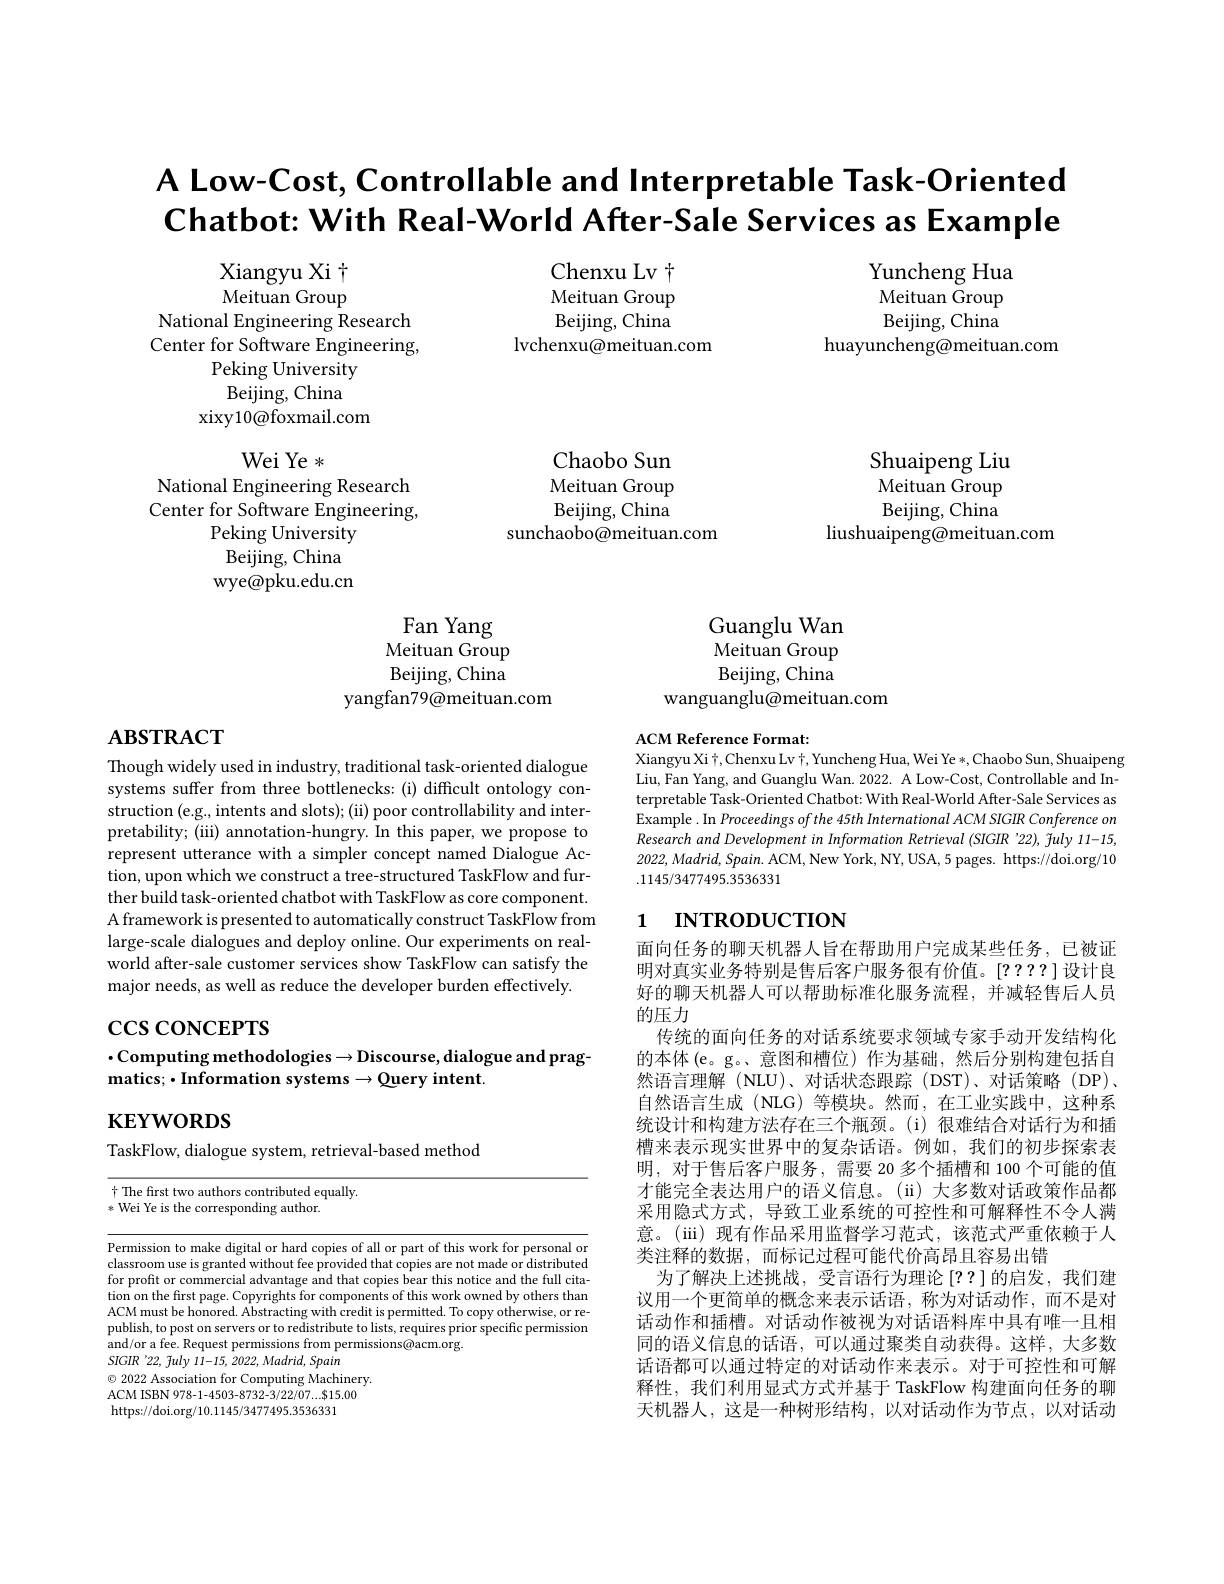
# A Low-Cost, Controllable and Interpretable Task-Oriented $\textbf{Chatbot: With Real- World After- Sale Services as Example}$

Chenxu Lv $\dagger$ Meituan Group Beijing, China
lvchenxu@meituan.com

Yuncheng Hua Meituan Group Beijing, China
huayuncheng@meituan.com

Xiangyu Xi T Meituan Group
National Engineering Research Center for Software Engineering,
Peking University Beijing, China
xixy10@foxmail.com

Wei Ye *

National Engineering Research

Chaobo Sun Meituan Group Beijing, China
sunchaobo@meituan.com

Shuaipeng Liu $\tilde{\text{Meituan Group}}$ Beijing, China
liushuaipeng@meituan.com

Center for Software Engineering,

Peking University

Beijing, China

wye@pku.edu.cn

Guanglu Wan Meituan Group Beijing, China
wanguanglu@meituan.com

Fan Yang Meituan Group Beijing, China
yangfan79@meituan.com

# $\mathbf{ABSTRACT}$

ACM Reference Format:
Xiangyu Xi t, Chenxu Lv t, Yuncheng Hua, Wei Ye *, Chaobo Sun, Shuaipeng

Liu, Fan Yang, and Guanglu Wan. 2022. A Low-Cost, Controllable and Interpretable Task-Oriented Chatbot: With Real-World After-Sale Services as Example . In Proceedings of the 45th International ACM SIGIR Conference on Research and Development in Information Retrieval (SIGIR '22), fuly 11-15, $2022,Madrid,Spain.$ ACM, New York, NY, USA, 5 pages. https://doi.org/10 .1145/3477495.3536331

Though widely used in industry, traditional task-oriented dialogue systems suffer from three bottlenecks: (i) difficult ontology construction (e.g., intents and slots); (ii) poor controllability and interpretability; (iii) annotation-hungry. In this paper, we propose to represent utterance with a simpler concept named Dialogue Action, upon which we construct a tree-structured TaskFlow and further build task-oriented chatbot with TaskFlow as core component A framework is presented to automatically construct TaskFlow from large-scale dialogues and deploy online. Our experiments on realworld after-sale customer services show TaskFlow can satisfy the major needs, as well as reduce the developer burden effectively.

## 1 $\textbf{INTRODUCTION}$

$\csc\csc$coNCEPTS

## $\cdot$Computing methodologies$\to$Discourse, dialogue and prag- ${\mathbf{matics;}}\bullet{\mathbf{Information}}$ systems$\rightarrow{\mathbf{Query}}$intent.

$\mathbf{KEYWORDS}$

TaskFlow, dialogue system, retrieval-based method

面向任务的聊天机器人旨在帮助用户完成某些任务，已被证明对真实业务特别是售后客户服务很有价值。[2????]设计良好的聊天机器人可以帮助标准化服务流程，并减轻售后人员的压力
传统的面向任务的对话系统要求领域专家手动开发结构化的本体(e。g。、意图和槽位)作为基础，然后分别构建包括自然语言理解(NLU)、对话状态跟踪(DST)、对话策略(DP)、 自然语言生成(NLG)等模块。然而，在工业实践中，这种系统设计和构建方法存在三个瓶颈。(i) 很难结合对话行为和插槽来表示现实世界中的复杂话语。例如，我们的初步探索表明，对于售后客户服务，需要 20 多个插槽和 100 个可能的值才能完全表达用户的语义信息。(ii) 大多数对话政策作品都采用隐式方式，导致工业系统的可控性和可解释性不令人满意。(iii) 现有作品采用监督学习范式，该范式严重依赖于人类注释的数据，而标记过程可能代价高昂且容易出错
为了解决上述挑战，受言语行为理论[??]的启发，我们建议用一个更简单的概念来表示话语，称为对话动作，而不是对话动作和插槽。对话动作被视为对话语料库中具有唯一且相同的语义信息的话语，可以通过聚类自动获得。这样，大多数话语都可以通过特定的对话动作来表示。对于可控性和可解释性，我们利用显式方式并基于 TaskFlow 构建面向任务的聊天机器人，这是一种树形结构，以对话动作为节点，以对话动

$\dagger$ The frst two authors contributed equally.
* Wei Ye is the corresponding author.

Permission to make digital or hard copies of all or part of this work for personal or classroom use is granted without fee provided that copies are not made or distributed classroom use is granted without fee provided that copies are not made or distributed cher for profit or commercial advantage and that copies bear this notice and the full citation on the first page. Copyrights for components of this work owned by others than ACM must be honored. Abstracting with credit is permitted. To copy otherwise, or republish, to post on servers or to redistribute to lists, requires prior specific permission and/or a fee. Request permissions from permissions@acm.org.
$SIGIR$ '22, fuly 11-15, 2022, Madrid, Spain
$\odot$ 2022 Association for Computing Machinery. ACM ISBN 978-1-4503-8732-3/22/07....815.00 https://doi.org/10.1145/3477495.3536331